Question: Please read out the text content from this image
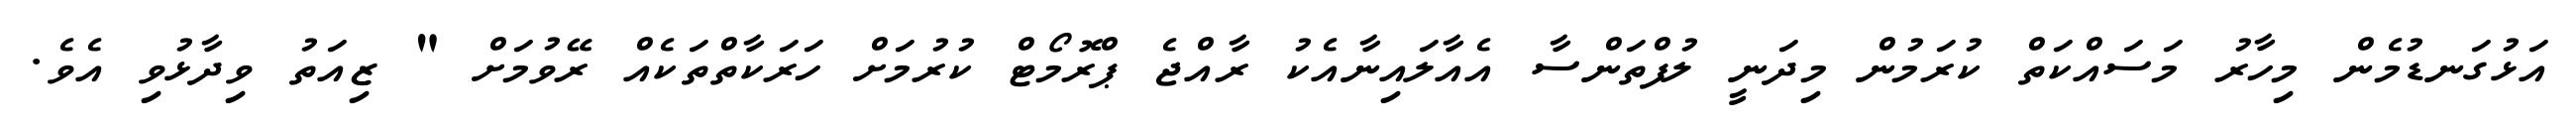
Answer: އަޅުގަނޑުމެން މިހާރު މަސައްކަތް ކުރަމުން މިދަނީ ލުފްތަންސާ އެއާލައިނާއެކު ރާއްޖެ ޕްރޮމޯޓް ކުރުމަށް ހަރަކާތްތަކެއް ރޭވުމަށް " ޒިއަތު ވިދާޅުވި އެވެ.